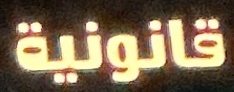
قانونية